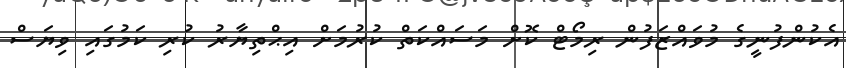
އެކުންފުނީގެ މުވައްޒަފުން ރިމޯޓް ކޮށް މަސައްކަތް ކުރުމަށް އިޙްތިޔާރު ކުރި ކަމުގައި ވިޔަސް